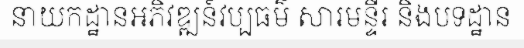
នាយកដ្ឋានអភិវឌ្ឍន៍វប្បធម៌ សារមន្ទីរ និងបទដ្ឋាន